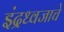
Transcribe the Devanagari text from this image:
इंद्रध्वजाचे